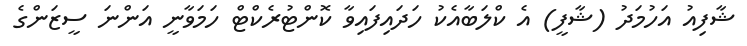
ޝާފިއު އަހުމަދު (ޝާފީ) އެ ކްލަބާއެކު ހަދައިފައިވާ ކޮންޓުރެކްޓް ހަމަވާނީ އަންނަ ސީޒަންގެ